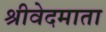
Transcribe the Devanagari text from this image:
श्रीवेदमाता